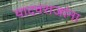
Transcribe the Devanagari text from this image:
यादवराजांना